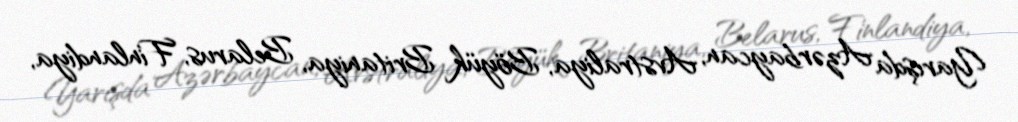
Yarışda Azərbaycan, Avstraliya, Böyük Britaniya, Belarus, Finlandiya,